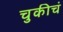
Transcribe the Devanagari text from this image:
चुकीचं